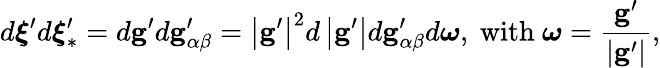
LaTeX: d\boldsymbol{\xi}^{\prime}d\boldsymbol{\xi}_{\ast}^{\prime}=d\mathbf{g}^{\prime}d\mathbf{g}_{\alpha\beta}^{\prime}=\left\vert\mathbf{g}^{\prime}\right\vert^{2}d\left\vert\mathbf{g}^{\prime}\right\vert d\mathbf{g}_{\alpha\beta}^{\prime}d\boldsymbol{\omega}\mathrm{,~with\ }\boldsymbol{\omega}=\frac{\mathbf{g}^{\prime}}{\left\vert\mathbf{g}^{\prime}\right\vert}\mathrm{,}